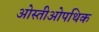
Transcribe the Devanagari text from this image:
ओस्तीओपथिक